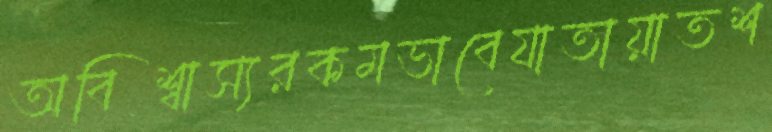
অবিশ্বাস্যরকমভাবেযাতায়াতশ